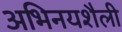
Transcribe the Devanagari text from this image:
अभिनयशैली